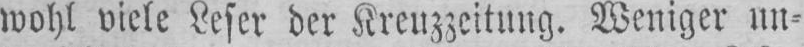
wohl viele Leser der Kreuzzeitung. Weniger un⸗